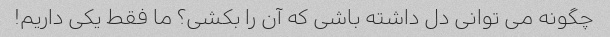
چگونه می توانی دل داشته باشی که آن را بکشی؟ ما فقط یکی داریم!